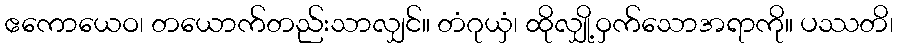
ဧကောယေဝ၊ တယောက်တည်းသာလျှင်။ တံဂုယှံ၊ ထိုလျှို့ဝှက်သောအရာကို။ ပဿတိ၊